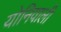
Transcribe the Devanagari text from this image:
योनिवाली